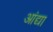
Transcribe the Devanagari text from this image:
आंद्या